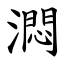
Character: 㵍